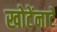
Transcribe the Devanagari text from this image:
खोटेंनाटें